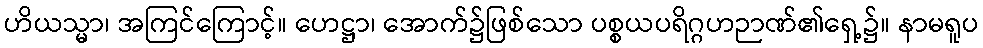
ဟိယသ္မာ၊ အကြင်ကြောင့်။ ဟေဋ္ဌာ၊ အောက်၌ဖြစ်သော ပစ္စယပရိဂ္ဂဟဉာဏ်၏ရှေ့၌။ နာမရူပ